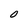
Character: 0